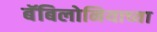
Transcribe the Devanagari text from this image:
बॅबिलोनियाच्या